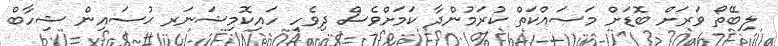
ލިބޭތޯ ވަރަށް ބޮޑަށް މަސައްކަތް ކުރަމުންދާ ކަމަށްވެސް ދިވެހި ހައިކޮމިޝަނަރ ޙުސައިން ޝިހާބް